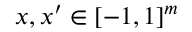
x , x ^ { \prime } \in [ - 1 , 1 ] ^ { m }